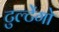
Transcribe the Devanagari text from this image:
टुल्टेंगो